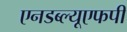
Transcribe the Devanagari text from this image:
एनडब्ल्यूएफपी